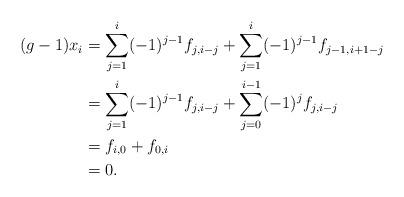
LaTeX: \begin{align*}(g-1) x_i&=\sum_{j=1}^i (-1)^{j-1}f_{j,i-j} +\sum_{j=1}^i (-1)^{j-1}f_{j-1,i+1-j}\\&=\sum_{j=1}^i (-1)^{j-1}f_{j,i-j}+\sum_{j=0}^{i-1}(-1)^j f_{j,i-j}\\&=f_{i,0}+f_{0,i}\\&=0.\end{align*}